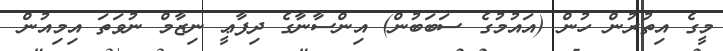
މީގެ އިތުރުން ހުން (އައުމުގެ ސަބަބުން) އިންސާނާގެ ދިފާޢީ ނިޒާމް ނުވަތަ އިމިއުން